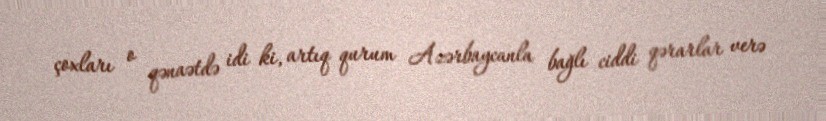
çoxları o qənaətdə idi ki, artıq qurum Azərbaycanla bağlı ciddi qərarlar verə